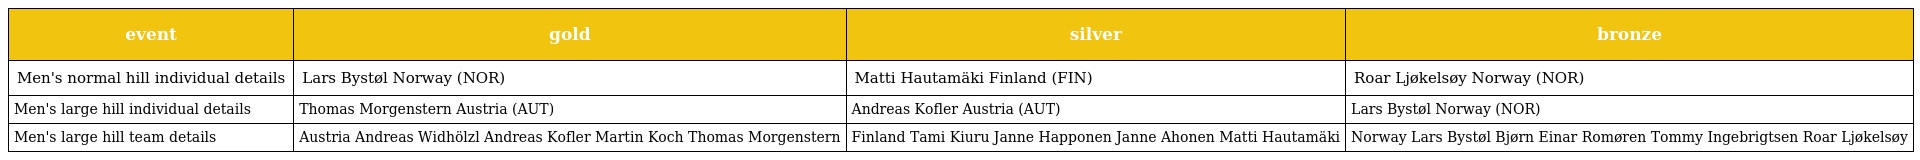
| event | gold | silver | bronze |
 | --- | --- | --- | --- |
 | Men's normal hill individual details | Lars Bystøl Norway (NOR) | Matti Hautamäki Finland (FIN) | Roar Ljøkelsøy Norway (NOR) |
 | Men's large hill individual details | Thomas Morgenstern Austria (AUT) | Andreas Kofler Austria (AUT) | Lars Bystøl Norway (NOR) |
 | Men's large hill team details | Austria Andreas Widhölzl Andreas Kofler Martin Koch Thomas Morgenstern | Finland Tami Kiuru Janne Happonen Janne Ahonen Matti Hautamäki | Norway Lars Bystøl Bjørn Einar Romøren Tommy Ingebrigtsen Roar Ljøkelsøy |